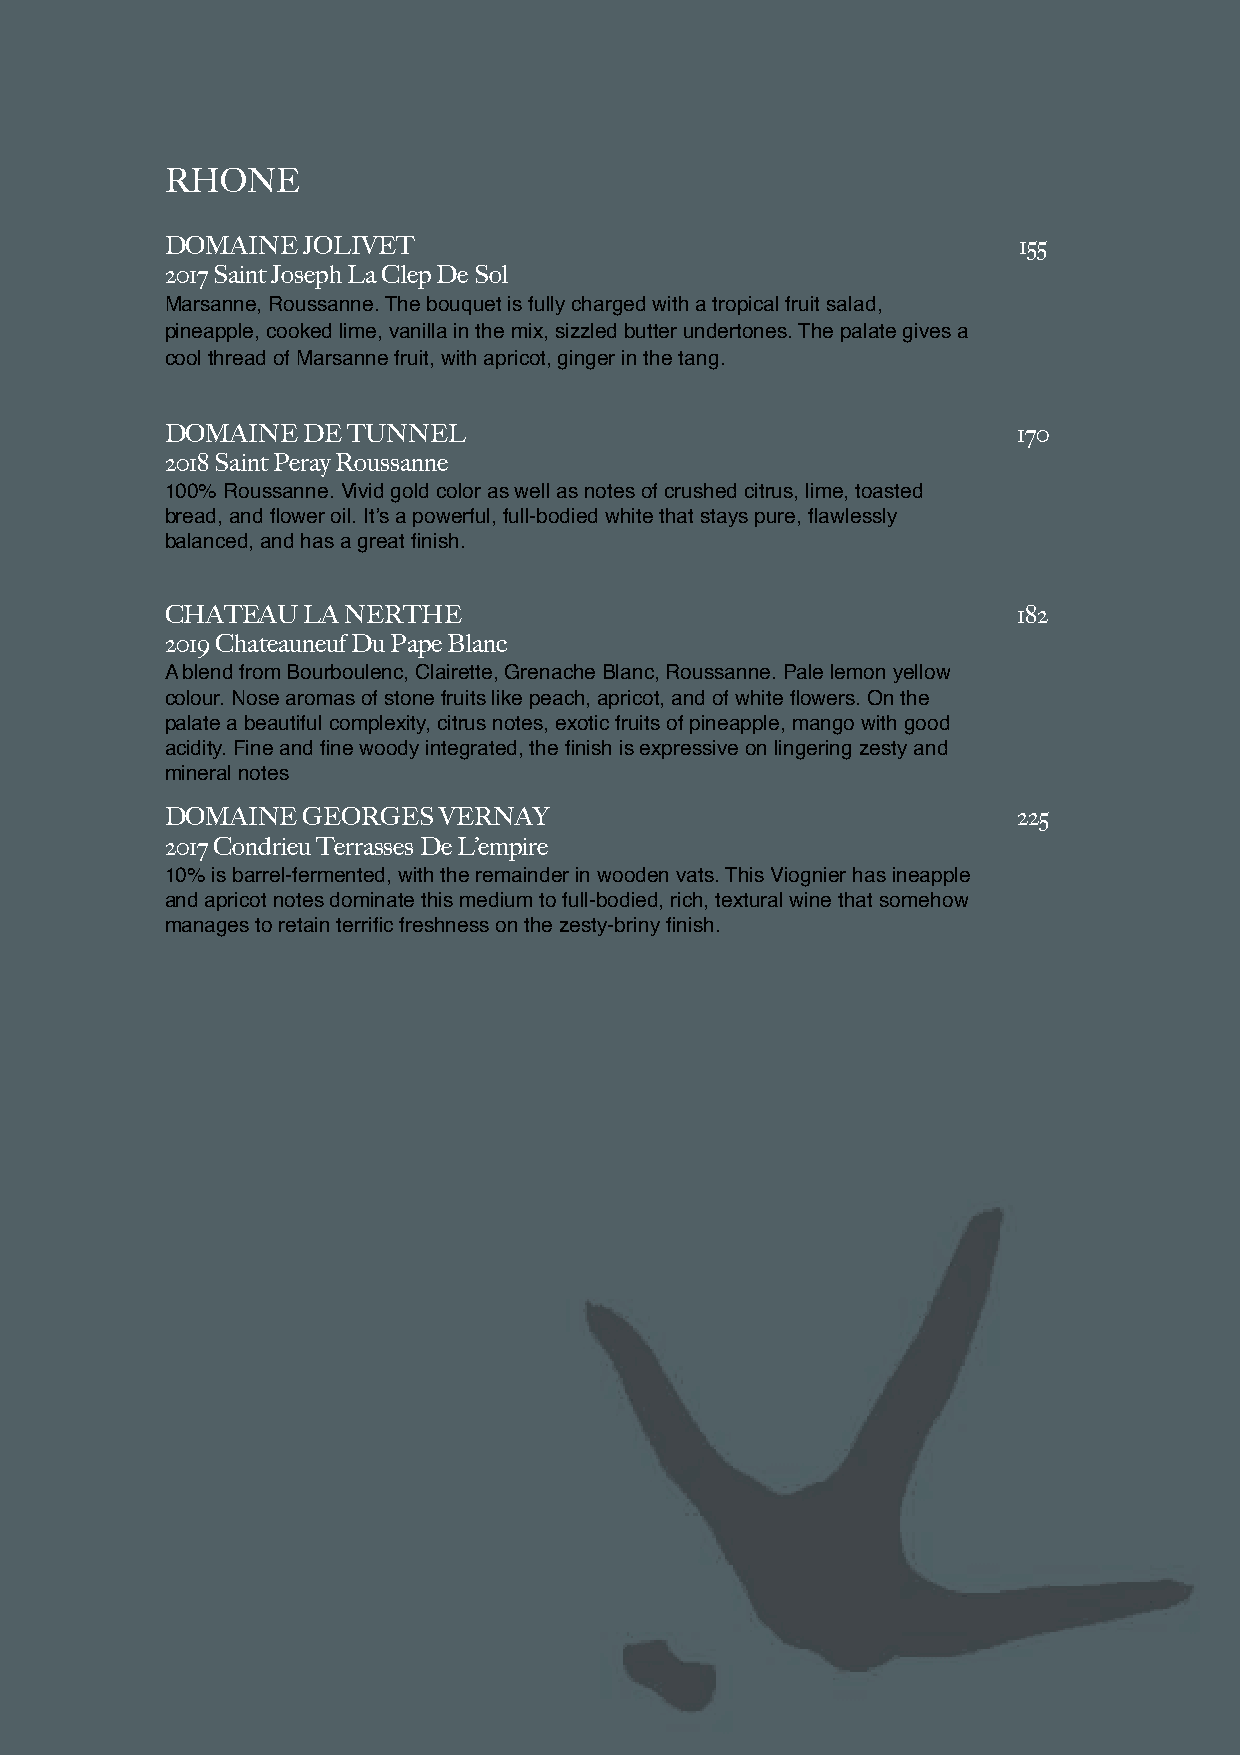
RHONE
 DOMAINE  JOLIVET                                        155
 2017 Saint Joseph La Clep De Sol
 Marsanne, Roussanne. The bouquet is fully charged with a tropical fruit salad,
 pineapple, cooked lime, vanilla in the mix, sizzled butter undertones. The palate gives a
 cool thread of Marsanne fruit, with apricot, ginger in the tang.
 DOMAINE  DE TUNNEL                                      170
 2018 Saint Peray Roussanne
 100% Roussanne. Vivid gold color as well as notes of crushed citrus, lime, toasted
 bread, and flower oil. It’s a powerful, full-bodied white that stays pure, flawlessly
 balanced, and has a great finish.
 CHATEAU  LA NERTHE                                      182
 2019 Chateauneuf Du Pape Blanc
 A blend from Bourboulenc, Clairette, Grenache Blanc, Roussanne. Pale lemon yellow
 colour. Nose aromas of stone fruits like peach, apricot, and of white flowers. On the
 palate a beautiful complexity, citrus notes, exotic fruits of pineapple, mango with good
 acidity. Fine and fine woody integrated, the finish is expressive on lingering zesty and
 mineral notes
 DOMAINE  GEORGES  VERNAY                                225
 2017 Condrieu Terrasses De L’empire
 10% is barrel-fermented, with the remainder in wooden vats. This Viognier has ineapple
 and apricot notes dominate this medium to full-bodied, rich, textural wine that somehow
 manages to retain terrific freshness on the zesty-briny finish.